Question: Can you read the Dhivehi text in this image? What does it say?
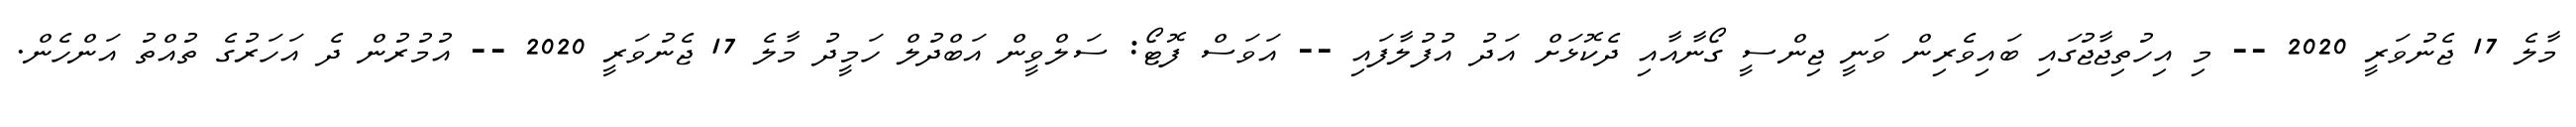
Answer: މާލެ 17 ޖެނުވަރީ 2020 -- މި އިހުތިޖާޖުގައި ބައިވެރިން ވަނީ ޖިންސީ ގޯނާއާއި ދެކޮޅަށް އަދު އުފުލާފައި -- އަވަސް ފޮޓޯ: ސަލްވީން އަބްދުލް ހަމީދު މާލެ 17 ޖެނުވަރީ 2020 -- އުމުރުން ދެ އަހަރުގެ ތުއްތު އަންހެން.